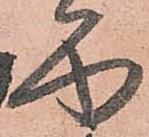
面